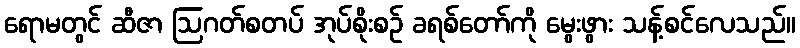
ရောမတွင် ဆီဇာ ဩဂတ်စတပ် အုပ်စိုးစဉ် ခရစ်တော်ကို မွေးဖွား သန့်စင်လေသည်။